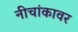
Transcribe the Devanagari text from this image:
नीचांकावर